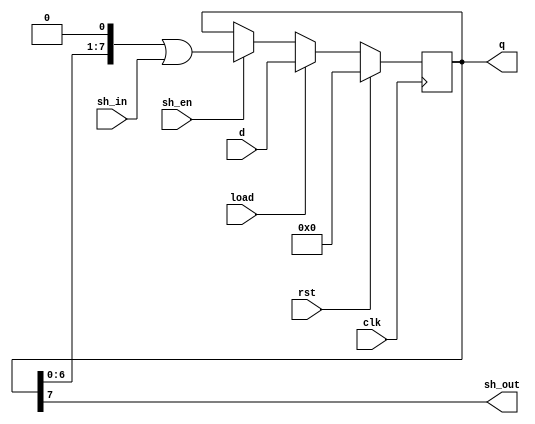
module components_shiftreg_1 #(
  parameter WIDTH = 8,
  parameter RESET_VAL = 0
) (
  input clk,
  input rst,
  input sh_en,
  input load,
  input [WIDTH-1:0] d,
  input sh_in,
  output [WIDTH-1:0] q,
  output sh_out
);
  reg [WIDTH-1:0] contents;
  always @(posedge clk) begin
    if (rst == 1'b1)
      contents <= RESET_VAL;
    else if (load == 1'b1)
      contents <= d;
    else if (sh_en == 1'b1)
      contents <= (contents << 1) | sh_in;
  end
  assign q = contents;
  assign sh_out = contents[WIDTH-1];
endmodule